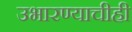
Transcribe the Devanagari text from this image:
उभारण्याचीही